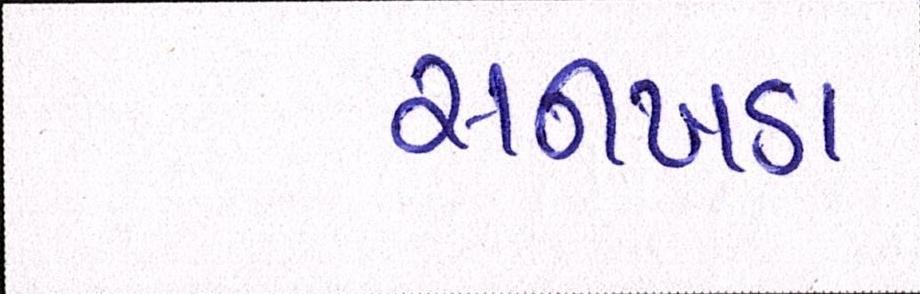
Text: સનખડા